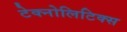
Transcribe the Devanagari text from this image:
टेक्नोलिटिक्स